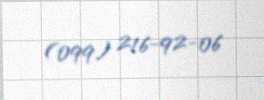
(099) 216-92-06